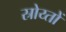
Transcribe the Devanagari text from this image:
स्रोय्तों